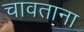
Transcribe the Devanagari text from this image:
चावताना